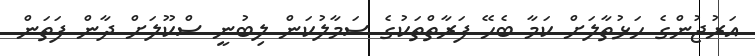
އަރުޖުންގެ ހަޅުތާލަށް ކަމާ ބެހޭ ފަރާތްތަކުގެ ސަމާލުކަން ލިބުނީ ސްކޫލަށް ދާން ފަތަން